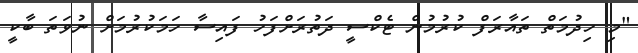
"މި ހިދުމަތް ތައާރަފް ކުރުމުން ޓެކްސީ ދަތުރަށްފަހު ފައިސާ ހަމަކުރުމަށް ނުވަތަ ބާކީ